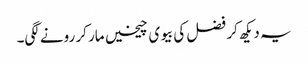
یہ دیکھ کر فضل کی بیوی چیخیں مار کر رونے لگی۔